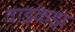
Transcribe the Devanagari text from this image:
वाझ्केझ